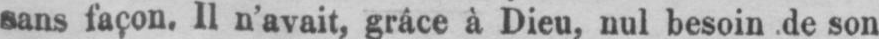
sans façon. Il n’avait, grâce à Dieu, nul besoin de son